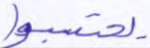
يحتسبوا